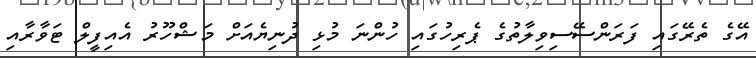
އޭގެ ތެރޭގައި ފަރަންސޭސިވިލާތުގެ ޕެރިހުގައި ހުންނަ މުޅި ދުނިޔެއަށް މަޝްހޫރު އެއިފީލް ޓަވާރާއި